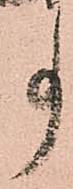
事